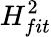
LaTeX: H_{fit}^{2}